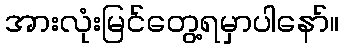
အားလုံးမြင်တွေ့ရမှာပါနော်။